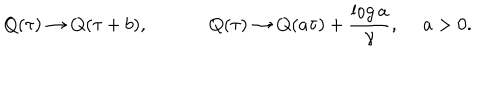
Q ( \tau ) \rightarrow Q ( \tau + b ) , ~ Q ( \tau ) \rightarrow Q ( a \tau ) + \frac { \log a } { \gamma } , ~ ~ a > 0 .